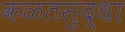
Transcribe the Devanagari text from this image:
कळतसुद्धा